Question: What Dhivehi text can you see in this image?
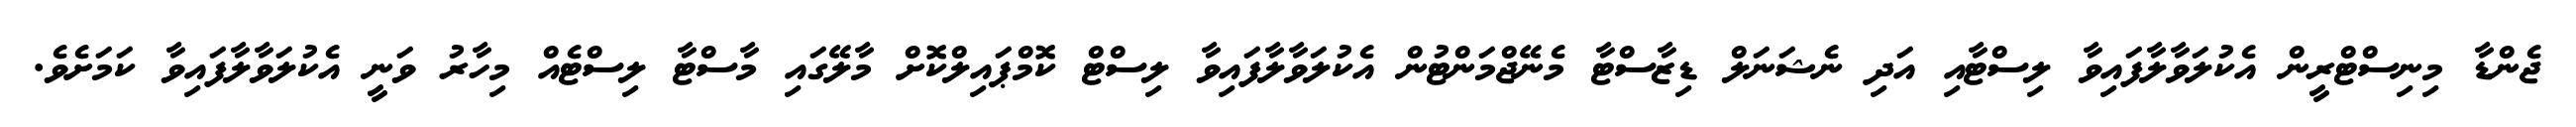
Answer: ޖެންޑާ މިނިސްޓްރީން އެކުލަވާލާފައިވާ ލިސްޓާއި އަދި ނެޝަނަލް ޑިޒާސްޓާ މެނޭޖްމަންޓުން އެކުލަވާލާފައިވާ ލިސްޓް ކޮމްޕައިލްކޮށް މާލޭގައި މާސްޓާ ލިސްޓެއް މިހާރު ވަނީ އެކުލަވާލާފައިވާ ކަމަށެވެ.